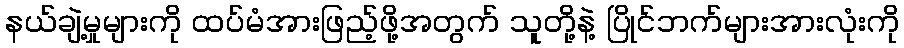
နယ်ချဲ့မှုများကို ထပ်မံအားဖြည့်ဖို့အတွက် သူတို့နဲ့ ပြိုင်ဘက်များအားလုံးကို